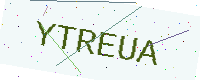
Text: YTREUA